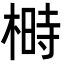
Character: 榯